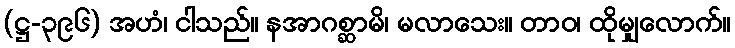
(ဋ္ဌ-၃၉၆) အဟံ၊ ငါသည်။ နအာဂစ္ဆာမိ၊ မလာသေး။ တာဝ၊ ထိုမျှလောက်။